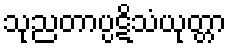
သုညတာပ္ပဋိသံယုတ္တာ